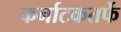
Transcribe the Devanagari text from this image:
कर्नाटकतर्फे